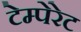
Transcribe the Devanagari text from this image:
टेम्पेरेट